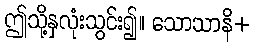
ဤသို့နှလုံးသွင်း၍။ သောသာနိ+